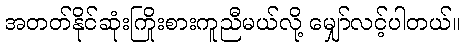
အတတ်နိုင်ဆုံးကြိုးစားကူညီမယ်လို့ မျှော်လင့်ပါတယ်။